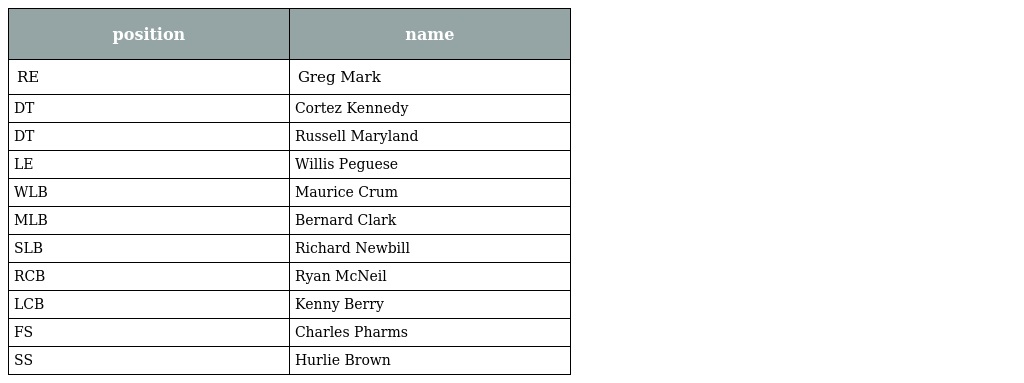
| position | name |
 | --- | --- |
 | RE | Greg Mark |
 | DT | Cortez Kennedy |
 | DT | Russell Maryland |
 | LE | Willis Peguese |
 | WLB | Maurice Crum |
 | MLB | Bernard Clark |
 | SLB | Richard Newbill |
 | RCB | Ryan McNeil |
 | LCB | Kenny Berry |
 | FS | Charles Pharms |
 | SS | Hurlie Brown |